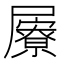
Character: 屪